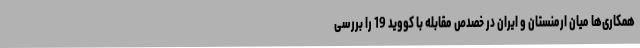
همکاری‌ها میان ارمنستان و ایران در خصدص مقابله با کووید 19 را بررسی